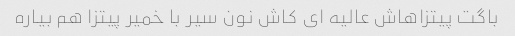
باگت پیتزاهاش عالیه ای کاش نون سیر با خمیر پیتزا هم بیاره